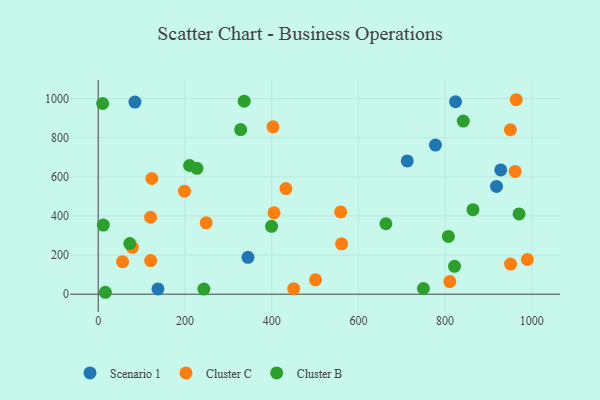
{"axis": {"x": "Engine Size", "y": "Rating"}, "legend": ["Cluster B", "Cluster C", "Scenario 1"], "data": [{"x": "84.7", "y": 982.2, "type": "Scenario 1"}, {"x": "777.7", "y": 762.3, "type": "Scenario 1"}, {"x": "137.8", "y": 27.0, "type": "Scenario 1"}, {"x": "928.2", "y": 635.3, "type": "Scenario 1"}, {"x": "345.4", "y": 188.4, "type": "Scenario 1"}, {"x": "712.7", "y": 681.5, "type": "Scenario 1"}, {"x": "824.1", "y": 984.0, "type": "Scenario 1"}, {"x": "918.5", "y": 550.8, "type": "Scenario 1"}, {"x": "78.9", "y": 239.5, "type": "Cluster C"}, {"x": "123.7", "y": 591.6, "type": "Cluster C"}, {"x": "56.1", "y": 166.1, "type": "Cluster C"}, {"x": "432.9", "y": 539.8, "type": "Cluster C"}, {"x": "121.0", "y": 171.7, "type": "Cluster C"}, {"x": "120.8", "y": 393.4, "type": "Cluster C"}, {"x": "561.2", "y": 257.4, "type": "Cluster C"}, {"x": "964.0", "y": 994.3, "type": "Cluster C"}, {"x": "405.5", "y": 416.1, "type": "Cluster C"}, {"x": "199.0", "y": 526.9, "type": "Cluster C"}, {"x": "249.1", "y": 364.8, "type": "Cluster C"}, {"x": "450.8", "y": 28.2, "type": "Cluster C"}, {"x": "559.1", "y": 420.6, "type": "Cluster C"}, {"x": "810.8", "y": 64.3, "type": "Cluster C"}, {"x": "501.1", "y": 73.4, "type": "Cluster C"}, {"x": "403.1", "y": 855.5, "type": "Cluster C"}, {"x": "961.4", "y": 627.7, "type": "Cluster C"}, {"x": "950.9", "y": 154.1, "type": "Cluster C"}, {"x": "989.7", "y": 177.5, "type": "Cluster C"}, {"x": "950.5", "y": 840.8, "type": "Cluster C"}, {"x": "864.2", "y": 432.0, "type": "Cluster B"}, {"x": "663.5", "y": 360.1, "type": "Cluster B"}, {"x": "750.0", "y": 29.0, "type": "Cluster B"}, {"x": "227.7", "y": 643.3, "type": "Cluster B"}, {"x": "399.8", "y": 347.1, "type": "Cluster B"}, {"x": "11.8", "y": 353.6, "type": "Cluster B"}, {"x": "841.9", "y": 885.0, "type": "Cluster B"}, {"x": "821.7", "y": 142.6, "type": "Cluster B"}, {"x": "210.7", "y": 657.9, "type": "Cluster B"}, {"x": "970.6", "y": 410.6, "type": "Cluster B"}, {"x": "243.7", "y": 26.2, "type": "Cluster B"}, {"x": "72.9", "y": 258.9, "type": "Cluster B"}, {"x": "328.5", "y": 841.7, "type": "Cluster B"}, {"x": "10.2", "y": 974.9, "type": "Cluster B"}, {"x": "807.5", "y": 295.5, "type": "Cluster B"}, {"x": "336.7", "y": 986.8, "type": "Cluster B"}, {"x": "16.5", "y": 9.8, "type": "Cluster B"}]}